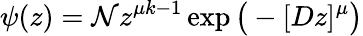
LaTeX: \psi(z)={\cal N}z^{\mu k-1}\exp\big(-[Dz]^{\mu}\big)